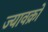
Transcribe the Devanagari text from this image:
ज्यावक्रों